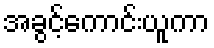
အခွင့်ကောင်းယူကာ